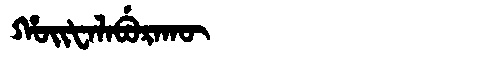
Manchu: ᡥᠣᡳᡶᠠᠯᠠᠪᡠᡵᠠᡴᡡ
Romanization: HOIFALABURAKŪ